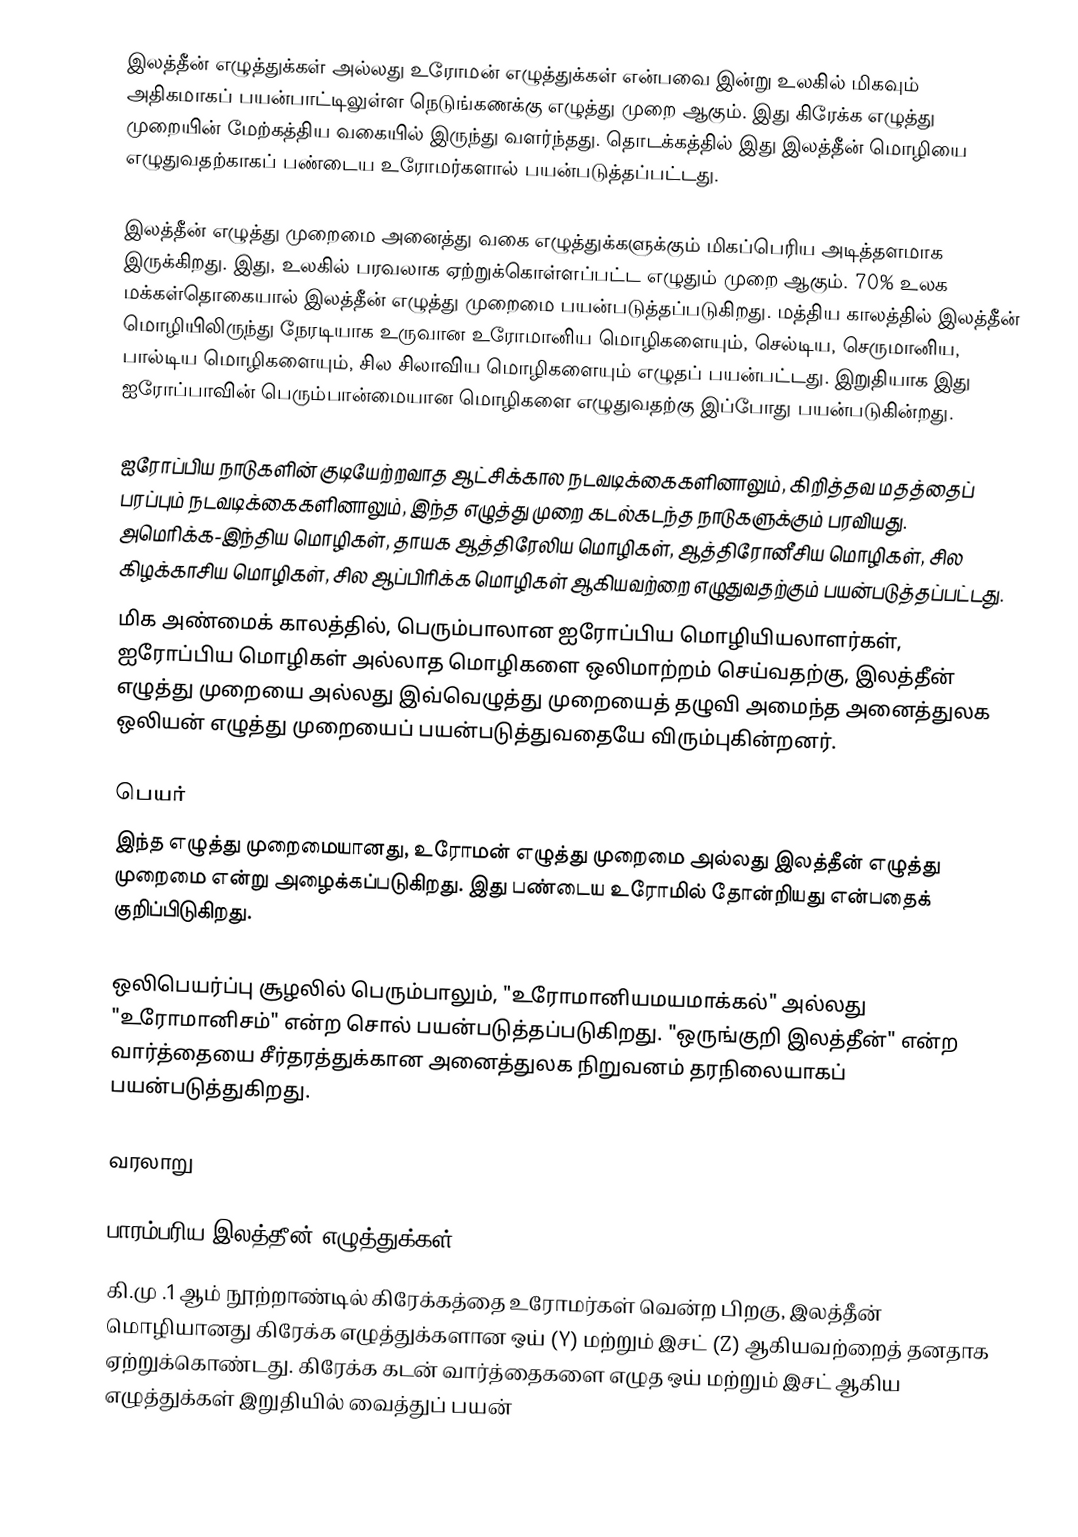
இலத்தீன் எழுத்துக்கள் அல்லது உரோமன் எழுத்துக்கள் என்பவை இன்று உலகில் மிகவும் அதிகமாகப் பயன்பாட்டிலுள்ள நெடுங்கணக்கு எழுத்து முறை ஆகும். இது கிரேக்க எழுத்து முறையின் மேற்கத்திய வகையில் இருந்து வளர்ந்தது. தொடக்கத்தில் இது இலத்தீன் மொழியை எழுதுவதற்காகப் பண்டைய உரோமர்களால் பயன்படுத்தப்பட்டது.

இலத்தீன் எழுத்து முறைமை அனைத்து வகை எழுத்துக்களுக்கும் மிகப்பெரிய அடித்தளமாக இருக்கிறது.  இது, உலகில் பரவலாக ஏற்றுக்கொள்ளப்பட்ட எழுதும் முறை ஆகும். 70% உலக மக்கள்தொகையால் இலத்தீன் எழுத்து முறைமை பயன்படுத்தப்படுகிறது.  மத்திய காலத்தில் இலத்தீன் மொழியிலிருந்து நேரடியாக உருவான உரோமானிய மொழிகளையும், செல்டிய, செருமானிய, பால்டிய மொழிகளையும், சில சிலாவிய மொழிகளையும் எழுதப் பயன்பட்டது. இறுதியாக இது ஐரோப்பாவின் பெரும்பான்மையான மொழிகளை எழுதுவதற்கு இப்போது பயன்படுகின்றது.

ஐரோப்பிய நாடுகளின் குடியேற்றவாத ஆட்சிக்கால நடவடிக்கைகளினாலும், கிறித்தவ மதத்தைப் பரப்பும் நடவடிக்கைகளினாலும், இந்த எழுத்து முறை கடல்கடந்த நாடுகளுக்கும் பரவியது. அமெரிக்க-இந்திய மொழிகள், தாயக ஆத்திரேலிய மொழிகள், ஆத்திரோனீசிய மொழிகள், சில கிழக்காசிய மொழிகள், சில ஆப்பிரிக்க மொழிகள் ஆகியவற்றை எழுதுவதற்கும் பயன்படுத்தப்பட்டது.
மிக அண்மைக் காலத்தில், பெரும்பாலான ஐரோப்பிய மொழியியலாளர்கள், ஐரோப்பிய மொழிகள் அல்லாத மொழிகளை ஒலிமாற்றம் செய்வதற்கு, இலத்தீன் எழுத்து முறையை அல்லது இவ்வெழுத்து முறையைத் தழுவி அமைந்த அனைத்துலக ஒலியன் எழுத்து முறையைப் பயன்படுத்துவதையே விரும்புகின்றனர்.

பெயர்
இந்த எழுத்து முறைமையானது, உரோமன் எழுத்து முறைமை அல்லது இலத்தீன் எழுத்து முறைமை என்று அழைக்கப்படுகிறது. இது பண்டைய உரோமில் தோன்றியது என்பதைக் குறிப்பிடுகிறது.

ஒலிபெயர்ப்பு சூழலில் பெரும்பாலும், "உரோமானியமயமாக்கல்" அல்லது "உரோமானிசம்" என்ற சொல் பயன்படுத்தப்படுகிறது. "ஒருங்குறி இலத்தீன்" என்ற வார்த்தையை சீர்தரத்துக்கான அனைத்துலக நிறுவனம் தரநிலையாகப் பயன்படுத்துகிறது.

வரலாறு

பாரம்பரிய இலத்தீன் எழுத்துக்கள்:
கி.மு .1 ஆம் நூற்றாண்டில் கிரேக்கத்தை உரோமர்கள் வென்ற பிறகு, இலத்தீன் மொழியானது கிரேக்க எழுத்துக்களான ஒய் (Y) மற்றும் இசட் (Z) ஆகியவற்றைத் தனதாக ஏற்றுக்கொண்டது. கிரேக்க கடன் வார்த்தைகளை எழுத ஒய் மற்றும் இசட் ஆகிய எழுத்துக்கள் இறுதியில் வைத்துப் பயன்